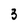
Character: 3